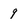
Character: 9